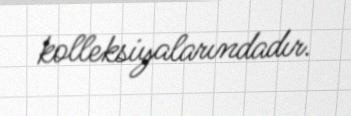
kolleksiyalarındadır.